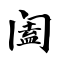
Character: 阖